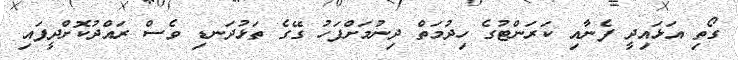
ގޯތި އަޅައިދީ ފެނާއި ކަރަންޓުގެ ހިދުމަތް ދިނުމަށްފަހު ގޭގެ ތަޅުދަނޑި ވެސް ރައްދުކޮށްދީފައި